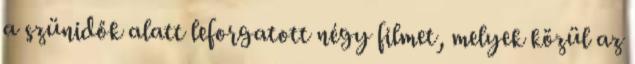
a szünidők alatt leforgatott négy filmet, melyek közül az